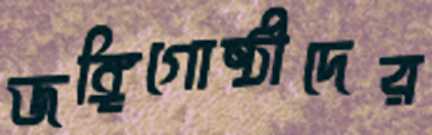
জঙ্গিগোষ্ঠীদের